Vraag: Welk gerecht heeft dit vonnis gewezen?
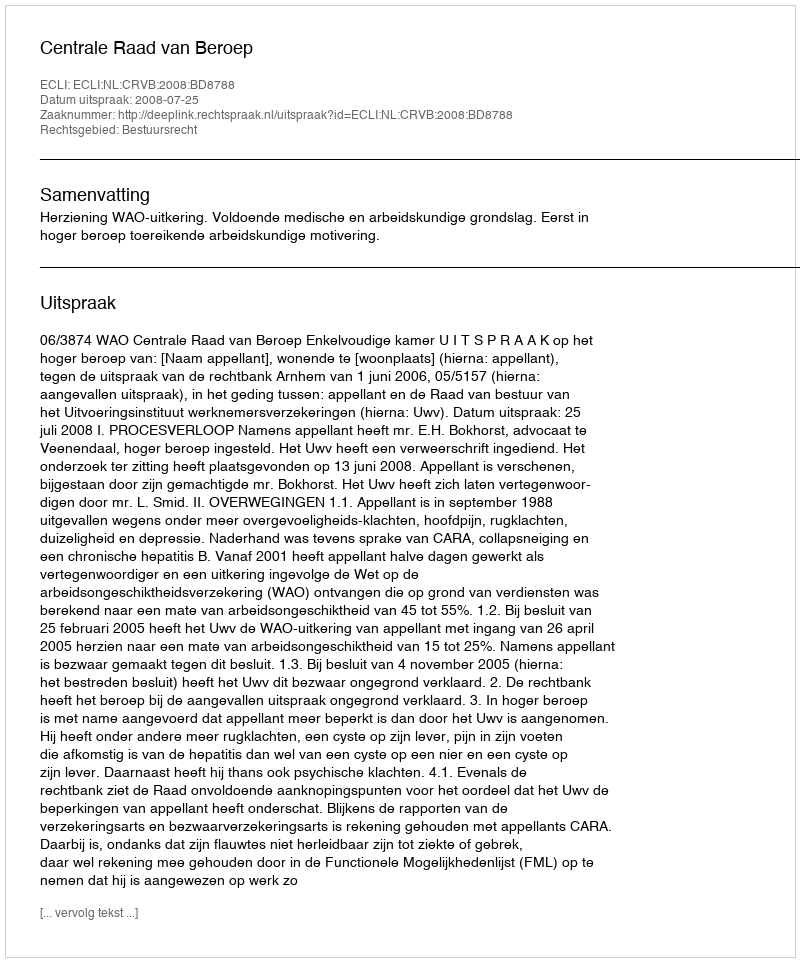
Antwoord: Centrale Raad van Beroep